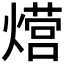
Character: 𮳸